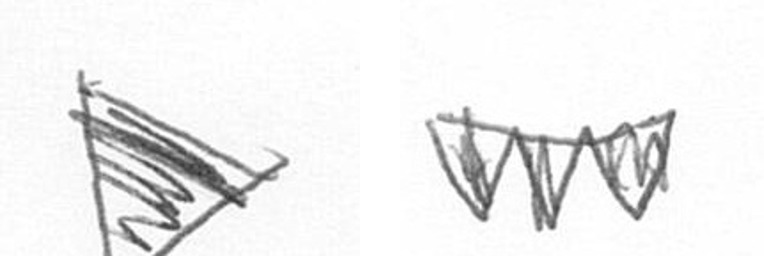
T L